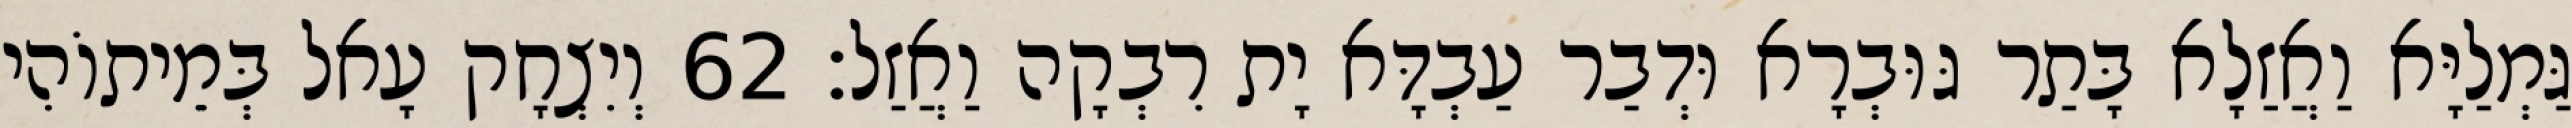
גַּמְלַיָּא וַאֲזַלָא בָּתַר גּוּבְרָא וּדְבַר עַבְדָּא יָת רִבְקָה וַאֲזַל׃ 62 וְיִצְחָק עָאל בְּמֵיתוֹהִי